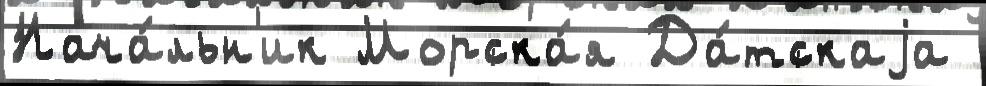
Нача́льн'ик Морска́я Да́тскаjа